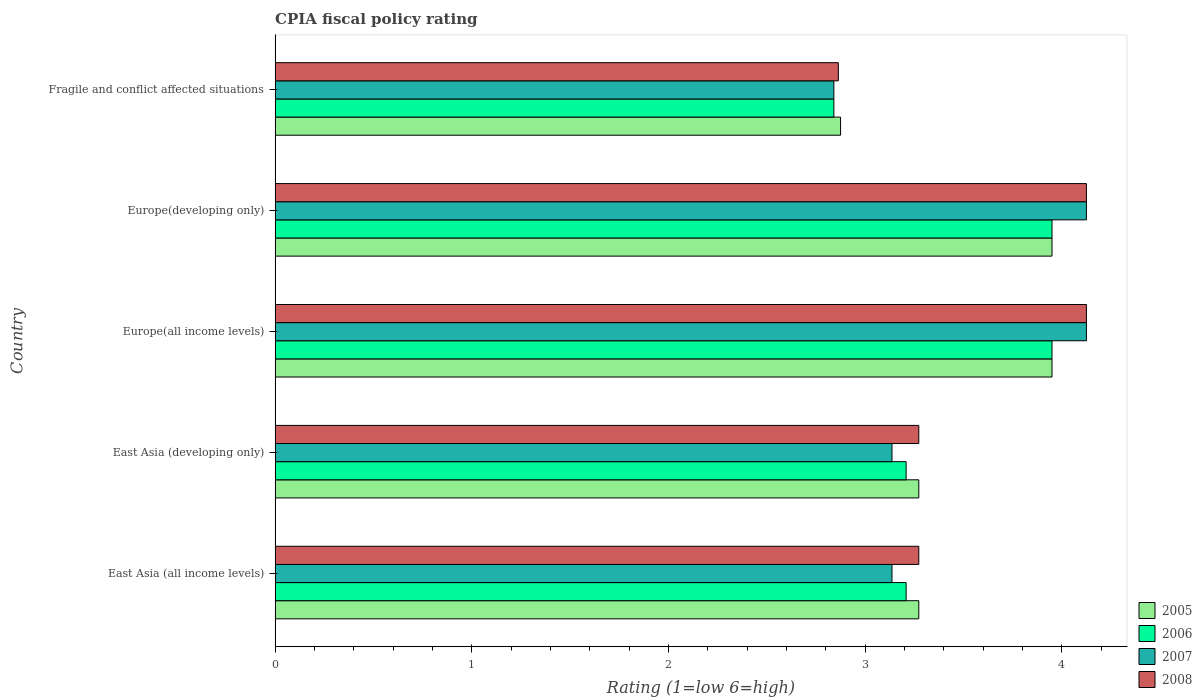
| Country | 2005 | 2006 | 2007 | 2008 |
 | --- | --- | --- | --- | --- |
 | East Asia (all income levels) | 3.27 | 3.21 | 3.14 | 3.27 |
 | East Asia (developing only) | 3.27 | 3.21 | 3.14 | 3.27 |
 | Europe(all income levels) | 3.95 | 3.95 | 4.12 | 4.12 |
 | Europe(developing only) | 3.95 | 3.95 | 4.12 | 4.12 |
 | Fragile and conflict affected situations | 2.88 | 2.84 | 2.84 | 2.86 |